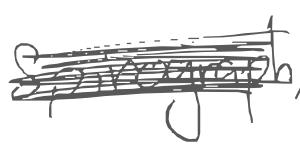
Text: Spirograph,
Cross-out: scratch
Writing tool: digital_gray